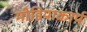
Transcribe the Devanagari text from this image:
मीडियाकार्प